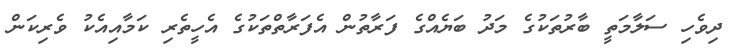
ދިވެހި ސަލާމަތީ ބާރުތަކުގެ މަދު ބަޔެއްގެ ފަރާތުން އެފަރާތްތަކުގެ އެހީތެރި ކަމާއިއެކު ވެރިކަން